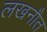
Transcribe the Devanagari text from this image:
लखनौत